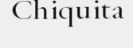
Chiquita